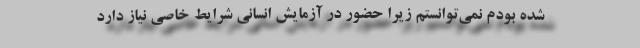
شده بودم نمی‌توانستم زیرا حضور در آزمایش انسانی شرایط خاصی نیاز دارد